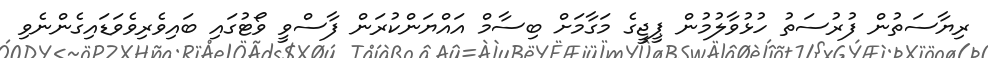
ރިޔާސަތުން ފުރުސަތު ހުޅުވާލުމުން ޕީޖީގެ މަގާމަށް ބިސާމް އައްޔަންކުރަން ފާސްވީ ވޯޓުގައި ބައިވެރިވެވަޑައިގެންނެވި